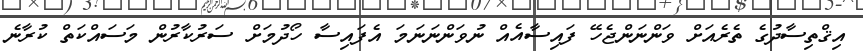
އިޤްތިސާދުގެ ތެރެއަށް ވަންނަންޖެހޭ ފައިސާއެއް ނުވަންނަނަމަ އެފައިސާ ހޯދުމަށް ސަރުކާރުން މަސައްކަތް ކުރާނެ